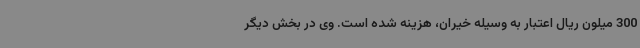
300 میلون ریال اعتبار به وسیله خیران، هزینه شده است. وی در بخش دیگر